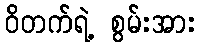
ဝိတက်ရဲ့ စွမ်းအား